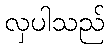
လှပါသည်